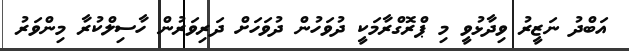
އަބްދު ނަޒީރު ވިދާޅުވީ މި ޕްރޮގްރާމަކީ ދުވަހުން ދުވަހަށް ދަރިވަރުން ހާސިލްކުރާ މިންވަރު